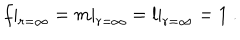
LaTeX: f | _ { r = \infty } = m | _ { r = \infty } = l | _ { r = \infty } = 1 \ .